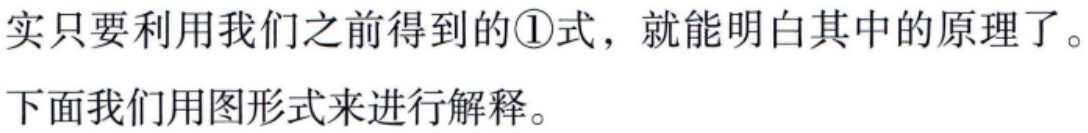
实只要利用我们之前得到的\textcircled{1}式，就能明白其中的原理了。
下面我们用图形式来进行解释。